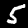
Label: 5